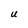
Character: U